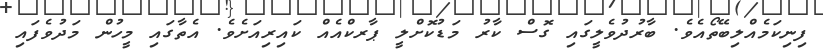
ފިނިކަމެއްލިބޭތޯއެވެ. ބާރުދުވެލީގައި ގޮސް ކާރު މަޑުކޮށްލީ ޕާރކްއެއް ކައިރިއަށެވެ. އެތާގައި މީހުން މަދުވެފައި